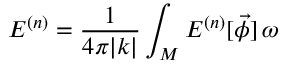
E ^ { ( n ) } = \frac { 1 } { 4 \pi | k | } \int _ { M } { \cal E } ^ { ( n ) } [ \vec { \phi } ] \, \omega